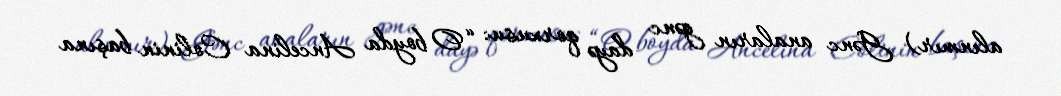
alınmır) Gənc anaların gənc dayə qorxusu: “O boyda Ancelina Colinin başına